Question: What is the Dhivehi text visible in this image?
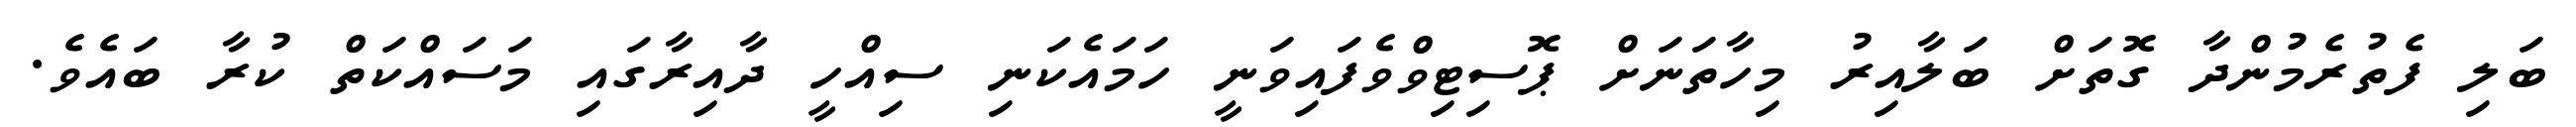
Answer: ބަލި ފެތުރެމުންދާ ގޮތަށް ބަލާއިރު މިހާތަނަށް ޕޮސިޓިވްވެފައިވަނީ ހަމައެކަނި ސިއްހީ ދާއިރާގައި މަސައްކަތް ކުރާ ބައެވެ.